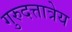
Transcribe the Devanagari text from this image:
गुरुदत्तात्रेय